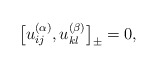
\begin{align*}\big[u_{ij}^{(\alpha)}, u_{kl}^{(\beta)}\big]_{\pm} = 0 ,\end{align*}